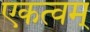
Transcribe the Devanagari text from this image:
एकत्वम्